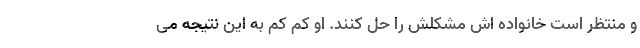
و منتظر است خانواده اش مشکلش را حل کنند. او کم کم به این نتیجه می